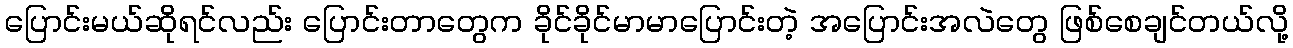
ပြောင်းမယ်ဆိုရင်လည်း ပြောင်းတာတွေက ခိုင်ခိုင်မာမာပြောင်းတဲ့ အပြောင်းအလဲတွေ ဖြစ်စေချင်တယ်လို့